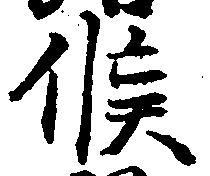
候